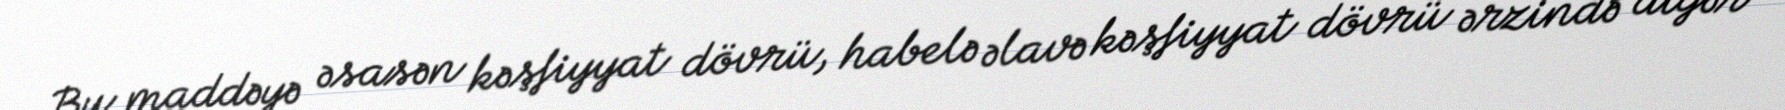
Bu maddəyə əsasən kəşfiyyat dövrü, habelə əlavə kəşfiyyat dövrü ərzində digər